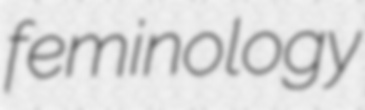
feminology